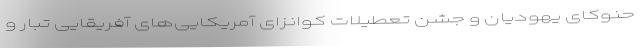
حنوکای یهودیان و جشن تعطیلات کوانزای آمریکایی‌های آفریقایی تبار و